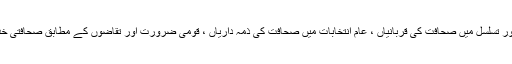
ملاقات میں قومی ترقی میں صحافت کے کردار ، جمہوریت کے قیام اور تسلسل میں صحافت کی قربانیاں ، عام انتخابات میں صحافت کی ذمہ داریاں ، قومی ضرورت اور تقاضوں کے مطابق صحافتی خدمات سمیت اہمیت کے حامل دیگر امور پر تفصیلی تبادلہ خیال کیا گیا۔